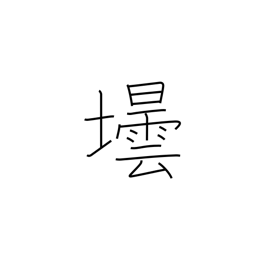
Meaning: bottle